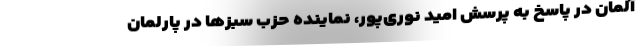
آلمان در پاسخ به پرسش امید نوری‌پور، نماینده حزب سبزها در پارلمان